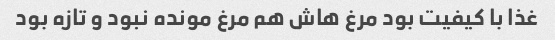
غذا با کیفیت بود مرغ هاش هم مرغ مونده نبود و تازه بود